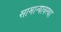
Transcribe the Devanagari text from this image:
सामान्यावस्था